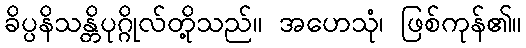
ခိပ္ပနိသန္တိပုဂ္ဂိုလ်တို့သည်။ အဟေသုံ၊ ဖြစ်ကုန်၏။